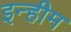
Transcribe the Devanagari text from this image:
इन्हीम